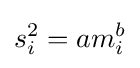
s_{i}^{2}=am_{i}^{b}